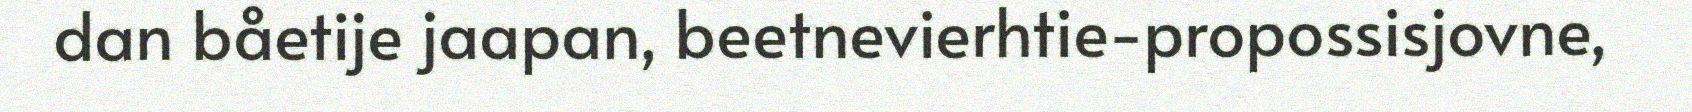
dan båetije jaapan, beetnevierhtie-propossisjovne,